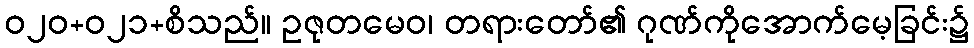
ဝ၂၀+၀၂၁+စိသည်။ ဥဇုတမေဝ၊ တရားတော်၏ ဂုဏ်ကိုအောက်မေ့ခြင်း၌